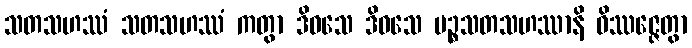
သတသဟဿံ သတသဟဿံ ကတွာ ဒိဝသေ ဒိဝသေ ပဉ္စသတသဟဿာနိ ဝိဿဇ္ဇေတွာ